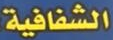
الشفافية: